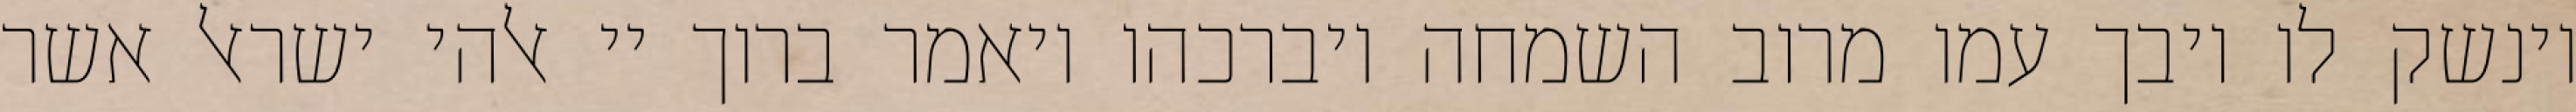
וינשק לו ויבך עמו מרוב השמחה ויברכהו ויאמר ברוך יי אלהי ישראל אשר